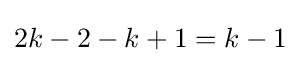
2k-2-k+1=k-1